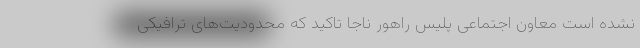
نشده است معاون اجتماعی پلیس راهور ناجا تاکید که محدودیت‌های ترافیکی